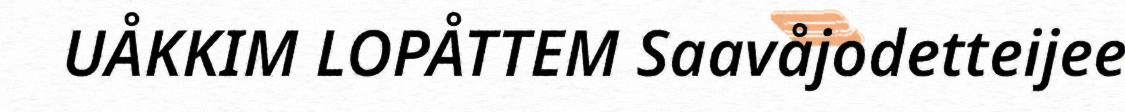
UÅKKIM LOPÅTTEM Saavåjodetteijee